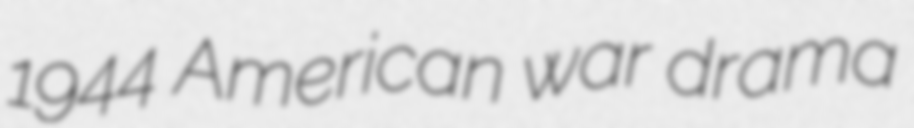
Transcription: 1944 American war drama